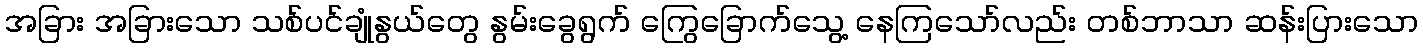
အခြား အခြားသော သစ်ပင်ချုံနွယ်တွေ နွမ်းခွေရွက် ကြွေခြောက်သွေ့ နေကြသော်လည်း တစ်ဘာသာ ဆန်းပြားသော